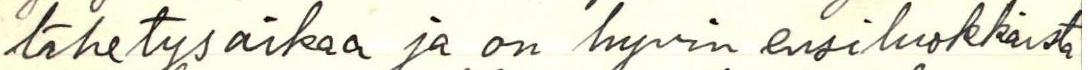
lähetysaikaa ja on hyvin ensiluokkaista